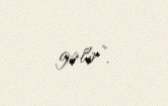
gəlir”.